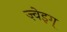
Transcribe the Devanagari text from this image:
ज़्वेइग्